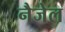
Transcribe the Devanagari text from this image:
नैजेल